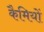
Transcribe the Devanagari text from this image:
कैमियों